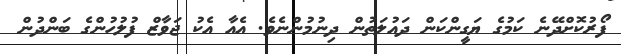
ފޯރުކޮށްދޭނެ ކަމުގެ ޔަގީންކަން ދައުލަތުން ދިނުމުންނެވެ. އެއާ އެކު ޖަވާޒް ފުލުހުންގެ ބަންދުން